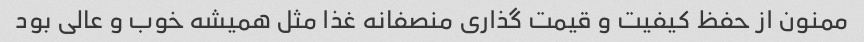
ممنون از حفظ کیفیت و قیمت گذاری منصفانه غذا مثل همیشه خوب و عالی بود